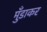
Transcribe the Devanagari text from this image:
मुँडाकर